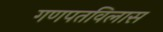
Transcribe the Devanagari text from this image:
गणपतविलास